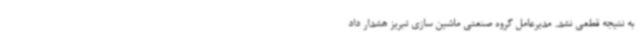
به نتیجه قطعی نشد. مدیرعامل گروه صنعتی ماشین سازی تبریز هشدار داد